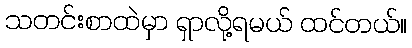
သတင်းစာထဲမှာ ရှာလို့ရမယ် ထင်တယ်။